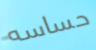
حساسه